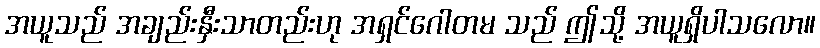
အယူသည် အချည်းနှီးသာတည်းဟု အရှင်ဂေါတမ သည် ဤသို့ အယူရှိပါသလော။